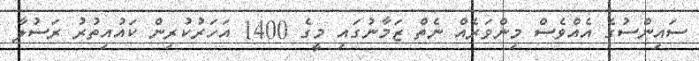
ސައިންސުގެ އެއްވެސް މިންވަރެއް ނެތް ޒަމާނުގައި މީގެ 1400 އަހަރުކުރިން ކައުއިތުރު ރަސުލާ